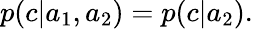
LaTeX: \begin{array}{r}{p(c|a_{1},a_{2})=p(c|a_{2}).}\end{array}